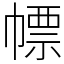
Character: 幖